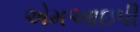
એમઆઇપી